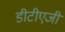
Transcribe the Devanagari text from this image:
डीटीएजी